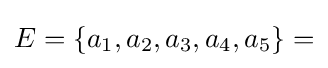
E=\{a_{1},a_{2},a_{3},a_{4},a_{5}\}=